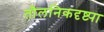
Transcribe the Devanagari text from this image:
तौलनिकदृष्ट्या